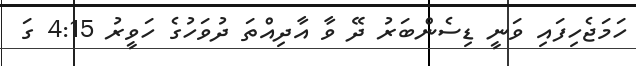
ހަމަޖެހިފައި ވަނީ ޑިސެންބަރު ދޭ ވާ އާދިއްތަ ދުވަހުގެ ހަވީރު 4:15 ގަ